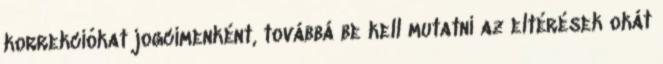
korrekciókat jogcímenként, továbbá be kell mutatni az eltérések okát